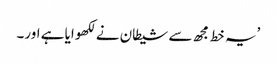
’یہ خط مجھ سے شیطان نے لکھوایا ہے اور۔